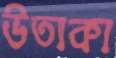
উতাকা